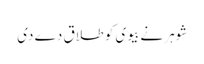
شوہر نے بیوی کو طلاق دے دی